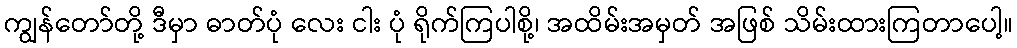
ကျွန်တော်တို့ ဒီမှာ ဓာတ်ပုံ လေး ငါး ပုံ ရိုက်ကြပါစို့၊ အထိမ်းအမှတ် အဖြစ် သိမ်းထားကြတာပေါ့။